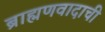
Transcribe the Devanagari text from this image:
ब्राह्मणवादाची